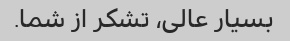
بسیار عالی، تشکر از شما.